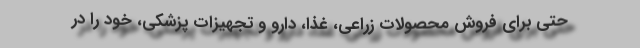
حتی برای فروش محصولات زراعی، غذا، دارو و تجهیزات پزشکی، خود را در